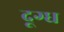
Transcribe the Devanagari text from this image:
दूग्ध